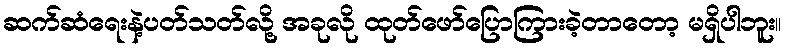
ဆက်ဆံရေးနဲ့ပတ်သတ်လို့ အခုလို ထုတ်ဖော်ပြောကြားခဲ့တာတော့ မရှိပါဘူး။